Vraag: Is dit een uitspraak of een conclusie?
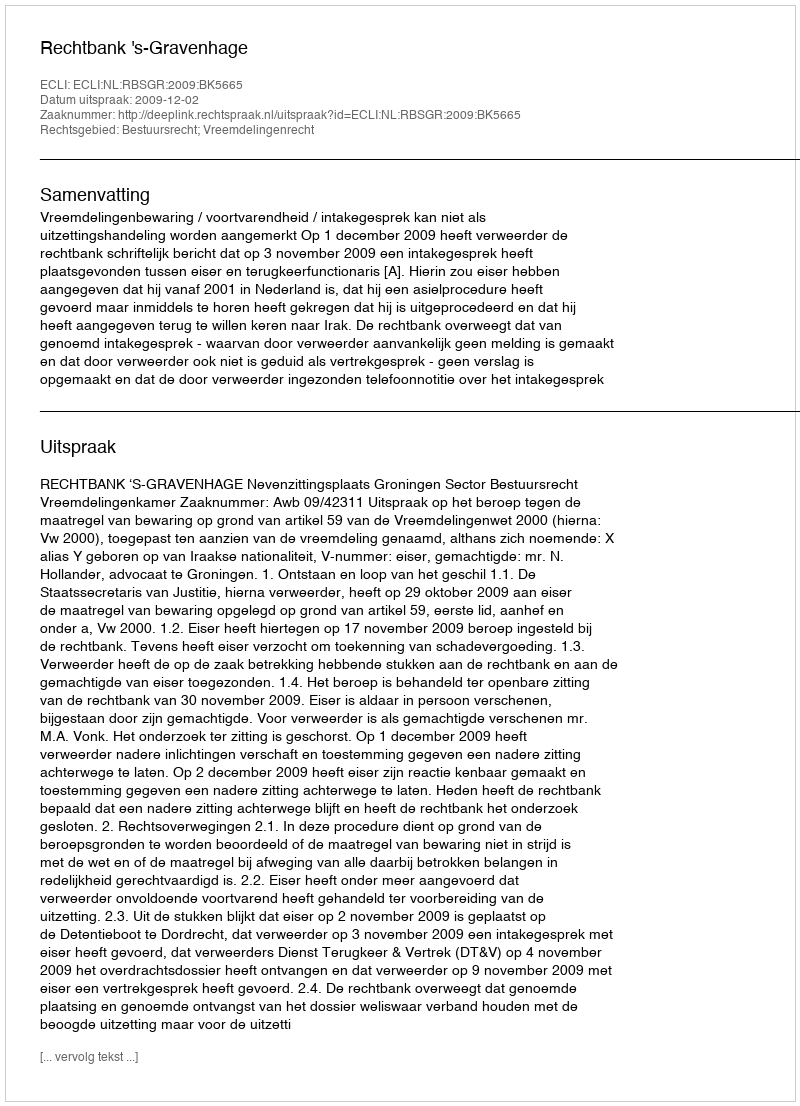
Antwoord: Uitspraak